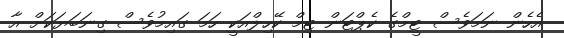
އެހެން ނަމަވެސް ޓީމްގެ ކެޕްޓަން ޓިމް ކޭހިލްއަކީ ހަމަ ގައިމުވެސް ގިނަބަޔަކަށް އާ